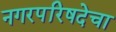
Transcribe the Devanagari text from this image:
नगरपरिषदेचा